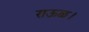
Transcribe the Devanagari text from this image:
राऊळ।